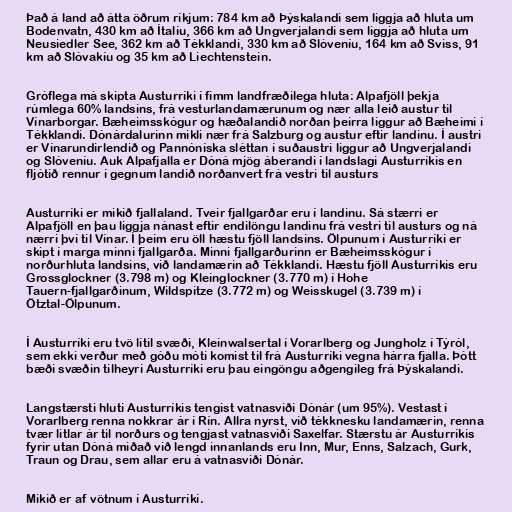
Það á land að átta öðrum ríkjum: 784 km að Þýskalandi sem liggja að hluta um
Bodenvatn, 430 km að Ítalíu, 366 km að Ungverjalandi sem liggja að hluta um
Neusiedler See, 362 km að Tékklandi, 330 km að Slóveníu, 164 km að Sviss, 91
km að Slóvakíu og 35 km að Liechtenstein.

Gróflega má skipta Austurríki í fimm landfræðilega hluta: Alpafjöll þekja
rúmlega 60% landsins, frá vesturlandamærunum og nær alla leið austur til
Vínarborgar. Bæheimsskógur og hæðalandið norðan þeirra liggur að Bæheimi í
Tékklandi. Dónárdalurinn mikli nær frá Salzburg og austur eftir landinu. Í austri
er Vínarundirlendið og Pannóníska sléttan í suðaustri liggur að Ungverjalandi
og Slóveníu. Auk Alpafjalla er Dóná mjög áberandi í landslagi Austurríkis en
fljótið rennur í gegnum landið norðanvert frá vestri til austurs

Austurríki er mikið fjallaland. Tveir fjallgarðar eru í landinu. Sá stærri er
Alpafjöll en þau liggja nánast eftir endilöngu landinu frá vestri til austurs og ná
nærri því til Vínar. Í þeim eru öll hæstu fjöll landsins. Ölpunum í Austurríki er
skipt í marga minni fjallgarða. Minni fjallgarðurinn er Bæheimsskógur í
norðurhluta landsins, við landamærin að Tékklandi. Hæstu fjöll Austurríkis eru
Grossglockner (3.798 m) og Kleinglockner (3.770 m) í Hohe
Tauern-fjallgarðinum, Wildspitze (3.772 m) og Weisskugel (3.739 m) í
Ötztal-Ölpunum.

Í Austurríki eru tvö lítil svæði, Kleinwalsertal í Vorarlberg og Jungholz í Týról,
sem ekki verður með góðu móti komist til frá Austurríki vegna hárra fjalla. Þótt
bæði svæðin tilheyri Austurríki eru þau eingöngu aðgengileg frá Þýskalandi.

Langstærsti hluti Austurríkis tengist vatnasviði Dónár (um 95%). Vestast í
Vorarlberg renna nokkrar ár í Rín. Allra nyrst, við tékknesku landamærin, renna
tvær litlar ár til norðurs og tengjast vatnasviði Saxelfar. Stærstu ár Austurríkis
fyrir utan Dóná miðað við lengd innanlands eru Inn, Mur, Enns, Salzach, Gurk,
Traun og Drau, sem allar eru á vatnasviði Dónár.

Mikið er af vötnum í Austurríki.